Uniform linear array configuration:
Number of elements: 64
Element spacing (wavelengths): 0.5
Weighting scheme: hann
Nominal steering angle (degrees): -60
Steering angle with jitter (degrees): -59.441
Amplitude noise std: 0.05
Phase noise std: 0.05

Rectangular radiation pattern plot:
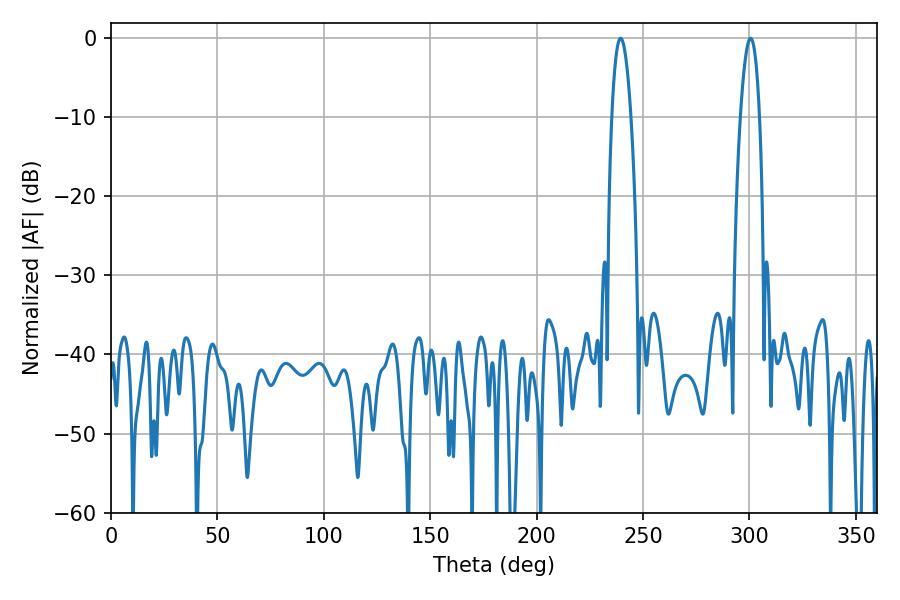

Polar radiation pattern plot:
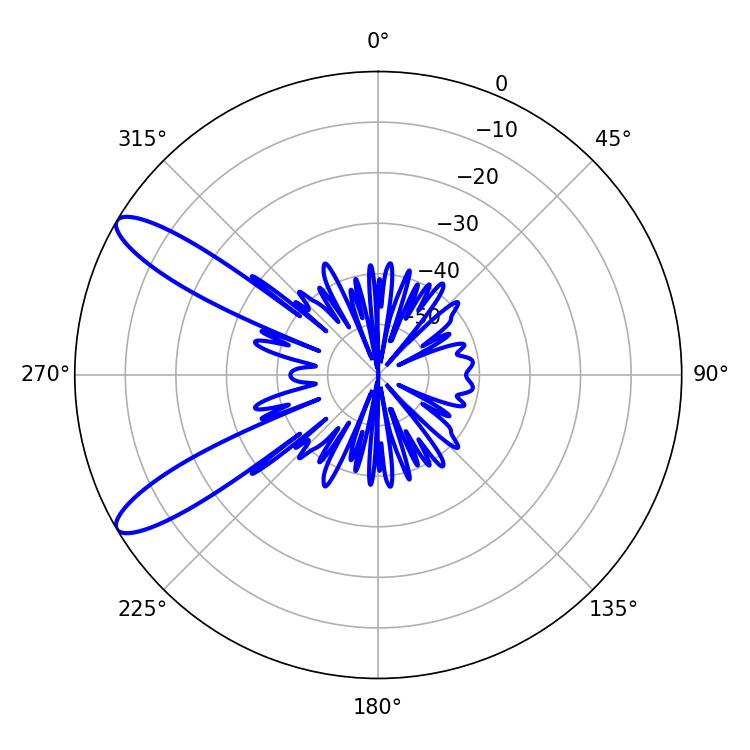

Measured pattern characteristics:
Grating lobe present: FALSE
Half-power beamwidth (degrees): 5.04
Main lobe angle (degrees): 239.4